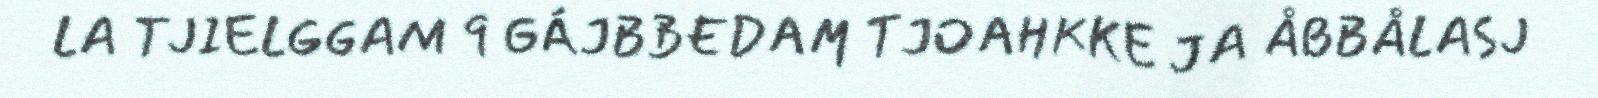
LA TJIELGGAM 9 GÁJBBEDAM TJOAHKKE JA ÅBBÅLASJ